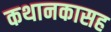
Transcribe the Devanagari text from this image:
कथानकासह